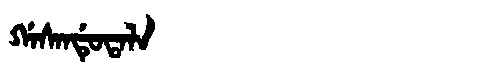
Manchu: ᡤᠠᠰᠠᠨᡩᡠᡨᠠᠯᠠ
Romanization: GASANDUTALA